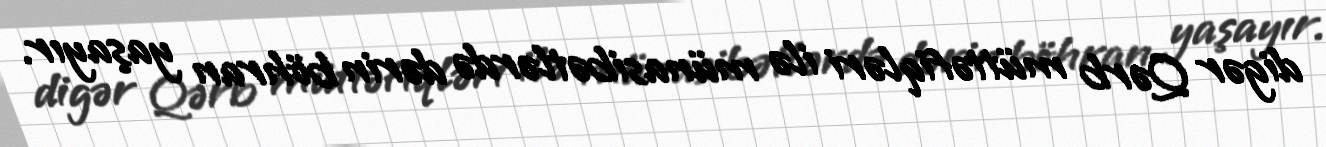
digər Qərb müttəfiqləri ilə münasibətlərdə dərin böhran yaşayır.